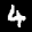
Label: 4